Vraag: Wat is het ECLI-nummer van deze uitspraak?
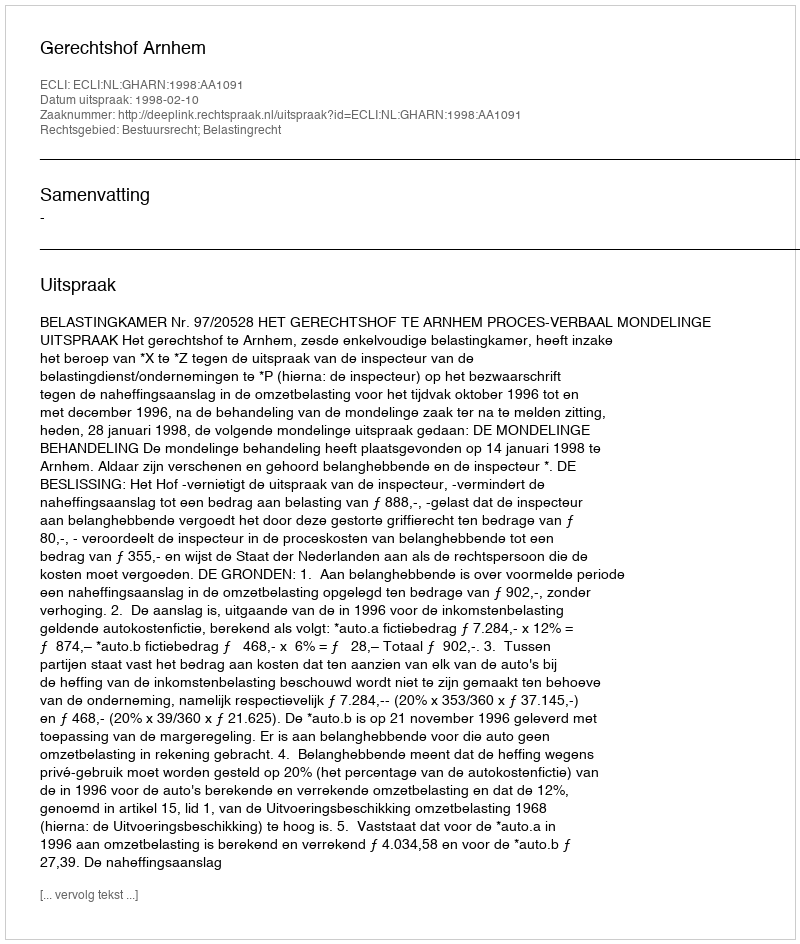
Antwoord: ECLI:NL:GHARN:1998:AA1091